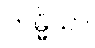
ကမ္မိယာ